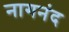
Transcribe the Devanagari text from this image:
नागनंद